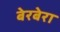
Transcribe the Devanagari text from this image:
बेरबेरा